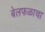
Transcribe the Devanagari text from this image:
बेलफळाचा